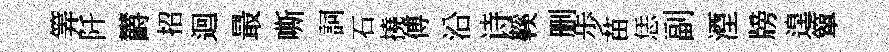
筭阡欝招迴最嘶詞石撓傅沿诗鞵删歩苗恁副湮牓遑簞